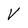
Character: V